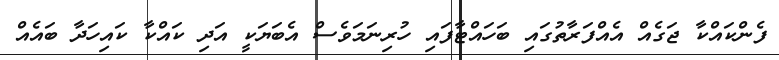
ފެންކައްކާ ޖަގެއް އެއްފަރާތުގައި ބަހައްޓާފައި ހުރިނަމަވެސް އެބަޔަކީ އަދި ކައްކާ ކައިހަދާ ބައެއް